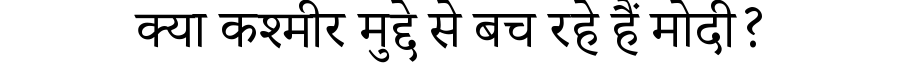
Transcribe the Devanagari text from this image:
क्या कश्मीर मुद्दे से बच रहे हैं मोदी?